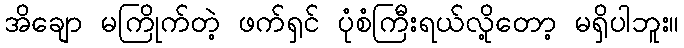
အိချော မကြိုက်တဲ့ ဖက်ရှင် ပုံစံကြီးရယ်လို့တော့ မရှိပါဘူး။